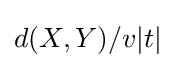
d(X,Y)/v|t|